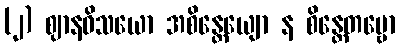
(၂) ဈာနဝိသယော အစိန္တေယျော န စိန္တေတဗ္ဗော